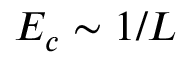
E _ { c } \sim 1 / L